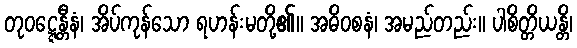
တုဝဋ္ဋေန္တီနံ၊ အိပ်ကုန်သော ရဟန်းမတို့၏။ အဓိဝစနံ၊ အမည်တည်း။ ပါစိတ္တိယန္တိ၊